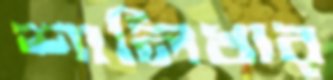
শালিখার